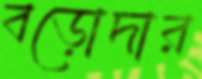
বড়োদার